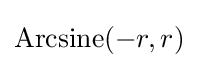
{\rm {Arcsine}}(-r,r)